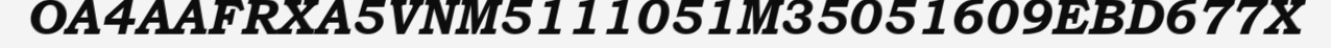
OA4AAFRXA5VNM5111051M35051609EBD677X